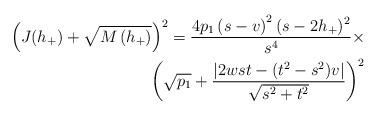
LaTeX: \begin{align*}\left( J(h_{+}\allowbreak )+\sqrt{M\left( h_{+}\right) }\right) ^{2}=\dfrac{4p_{1}\left( s-v\right) ^{2}(s-2h_{+})^{2}}{s^{4}}\times \\\left( \sqrt{p_{1}}+\dfrac{\allowbreak \left\vert2wst-(t^{2}-s^{2})v\right\vert }{\sqrt{s^{2}+t^{2}}}\right) ^{2} \end{align*}